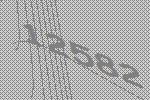
12582